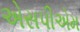
એસપીએમ